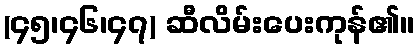
(၄၅၊၄၆၊၄၇) ဆီလိမ်းပေးကုန်၏။